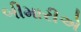
બીમારીએ